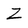
Character: Z